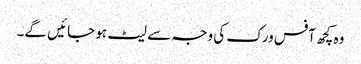
وہ کچھ آفس ورک کی وجہ سے لیٹ ہو جائیں گے۔